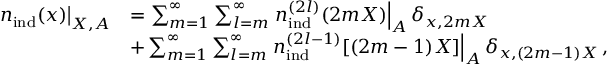
\begin{array} { r l } { \left. { n } _ { \mathrm { i n d } } ( \boldsymbol { x } ) \right| _ { \boldsymbol { X } , A } } & { = \sum _ { m = 1 } ^ { \infty } \sum _ { l = m } ^ { \infty } \left. { n } _ { \mathrm { i n d } } ^ { ( 2 l ) } ( 2 m \boldsymbol { X } ) \right| _ { A } \delta _ { \boldsymbol { x } , 2 m \boldsymbol { X } } } \\ & { + \sum _ { m = 1 } ^ { \infty } \sum _ { l = m } ^ { \infty } \left. { n } _ { \mathrm { i n d } } ^ { ( 2 l - 1 ) } [ ( 2 m - 1 ) \boldsymbol { X } ] \right| _ { A } \delta _ { \boldsymbol { x } , ( 2 m - 1 ) \boldsymbol { X } } \, , } \end{array}